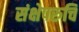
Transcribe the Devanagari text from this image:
संक्षेपरुचि